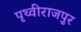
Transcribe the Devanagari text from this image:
पृथ्वीराजपुर